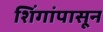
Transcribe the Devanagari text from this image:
शिंगांपासून